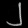
Digit: ၂